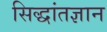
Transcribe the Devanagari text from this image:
सिद्धांतज्ञान